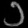
Digit: ၁